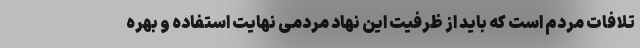
تلافات مردم است که باید از ظرفیت این نهاد مردمی نهایت استفاده و بهره